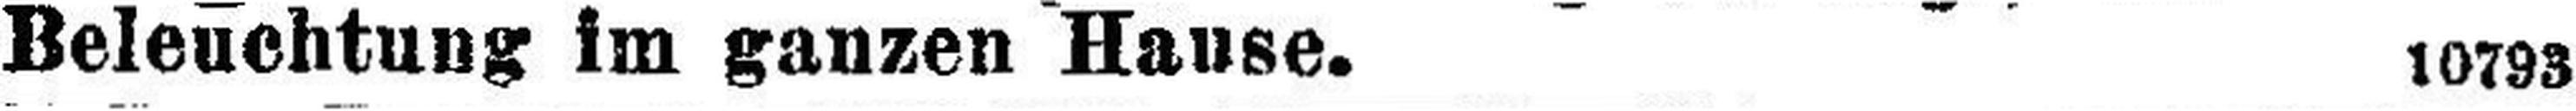
Beleuchtung im ganzen Hause. 10793